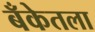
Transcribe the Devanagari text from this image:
बँकेतला